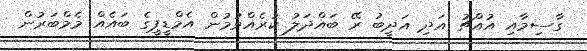
ގާސިމާއި އުއްޗު އަދި އަދީބު ރޭ ބައްދަލު ކުރެއްވުމުން އެމްޑީޕީގެ ބައެއް މެމްބަރުން